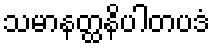
သမာနတ္ထနိပါတပဒံ